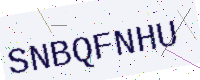
Text: SNBQFNHU